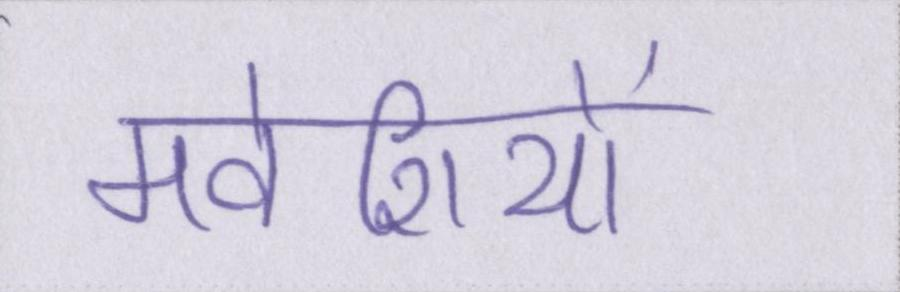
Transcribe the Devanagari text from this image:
मवेशियों